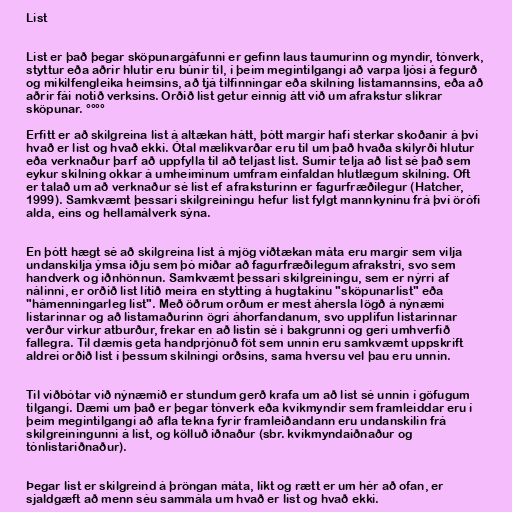
List

List er það þegar sköpunargáfunni er gefinn laus taumurinn og myndir, tónverk,
styttur eða aðrir hlutir eru búnir til, í þeim megintilgangi að varpa ljósi á fegurð
og mikilfengleika heimsins, að tjá tilfinningar eða skilning listamannsins, eða að
aðrir fái notið verksins. Orðið list getur einnig átt við um afrakstur slíkrar
sköpunar. °°°°

Erfitt er að skilgreina list á altækan hátt, þótt margir hafi sterkar skoðanir á því
hvað er list og hvað ekki. Ótal mælikvarðar eru til um það hvaða skilyrði hlutur
eða verknaður þarf að uppfylla til að teljast list. Sumir telja að list sé það sem
eykur skilning okkar á umheiminum umfram einfaldan hlutlægum skilning. Oft
er talað um að verknaður sé list ef afraksturinn er fagurfræðilegur (Hatcher,
1999). Samkvæmt þessari skilgreiningu hefur list fylgt mannkyninu frá því örófi
alda, eins og hellamálverk sýna.

En þótt hægt sé að skilgreina list á mjög víðtækan máta eru margir sem vilja
undanskilja ýmsa iðju sem þó miðar að fagurfræðilegum afrakstri, svo sem
handverk og iðnhönnun. Samkvæmt þessari skilgreiningu, sem er nýrri af
nálinni, er orðið list lítið meira en stytting á hugtakinu "sköpunarlist" eða
"hámenningarleg list". Með öðrum orðum er mest áhersla lögð á nýnæmi
listarinnar og að listamaðurinn ögri áhorfandanum, svo upplifun listarinnar
verður virkur atburður, frekar en að listin sé í bakgrunni og geri umhverfið
fallegra. Til dæmis geta handprjónuð föt sem unnin eru samkvæmt uppskrift
aldrei orðið list í þessum skilningi orðsins, sama hversu vel þau eru unnin.

Til viðbótar við nýnæmið er stundum gerð krafa um að list sé unnin í göfugum
tilgangi. Dæmi um það er þegar tónverk eða kvikmyndir sem framleiddar eru í
þeim megintilgangi að afla tekna fyrir framleiðandann eru undanskilin frá
skilgreiningunni á list, og kölluð iðnaður (sbr. kvikmyndaiðnaður og
tónlistariðnaður).

Þegar list er skilgreind á þröngan máta, líkt og rætt er um hér að ofan, er
sjaldgæft að menn séu sammála um hvað er list og hvað ekki.